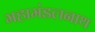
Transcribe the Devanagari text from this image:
महामंडलनाथ